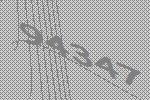
94347